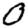
Digit: 0